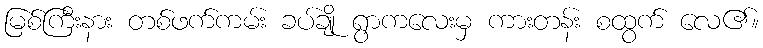
မြစ်ကြီးနား တစ်ဖက်ကမ်း ခပ်ချို ရွာကလေးမှ ကားတန်း စထွက် လေ၏။